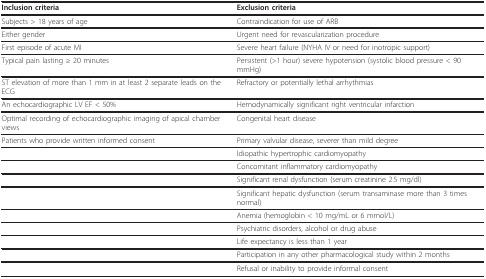
| Inclusion criteria | Exclusion criteria |
 | --- | --- |
 | Subjects > 18 years of age | Contraindication for use of ARB |
 | Either gender | Urgent need for revascularization procedure |
 | First episode of acute MI | Severe heart failure (NYHA IV or need for inotropic support) |
 | Typical pain lasting ≥ 20 minutes | Persistent (>1 hour) severe hypotension (systolic blood pressure < 90 mmHg) |
 | ST elevation of more than 1 mm in at least 2 separate leads on the ECG | Refractory or potentially lethal arrhythmias |
 | An echocardiographic LV EF < 50% | Hemodynamically significant right ventricular infarction |
 | Optimal recording of echocardiographic imaging of apical chamber views | Congenital heart disease |
 | Patients who provide written informed consent | Primary valvular disease, severer than mild degree |
 |  | Idiopathic hypertrophic cardiomyopathy |
 |  | Concomitant inflammatory cardiomyopathy |
 |  | Significant renal dysfunction (serum creatinine 2.5 mg/dl) |
 |  | Significant hepatic dysfunction (serum transaminase more than 3 times normal) |
 |  | Anemia (hemoglobin < 10 mg/mL or 6 mmol/L) |
 |  | Psychiatric disorders, alcohol or drug abuse |
 |  | Life expectancy is less than 1 year |
 |  | Participation in any other pharmacological study within 2 months |
 |  | Refusal or inability to provide informal consent |